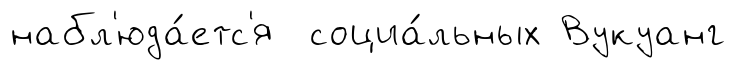
набл'юда́етс'я социа́льных Вукуанг